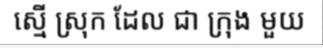
ស្មើ ស្រុក ដែល ជា ក្រុង មួយ